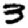
Digit: 3